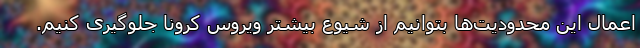
اعمال این محدودیت‌ها بتوانیم از شیوع بیشتر ویروس کرونا جلوگیری کنیم.